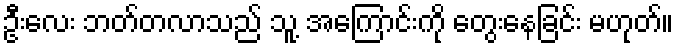
ဦးလေး ဘတ်တလာသည် သူ့ အကြောင်းကို တွေးနေခြင်း မဟုတ်။